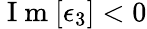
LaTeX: \mathrm{~I~m~}[\epsilon_{3}]<0